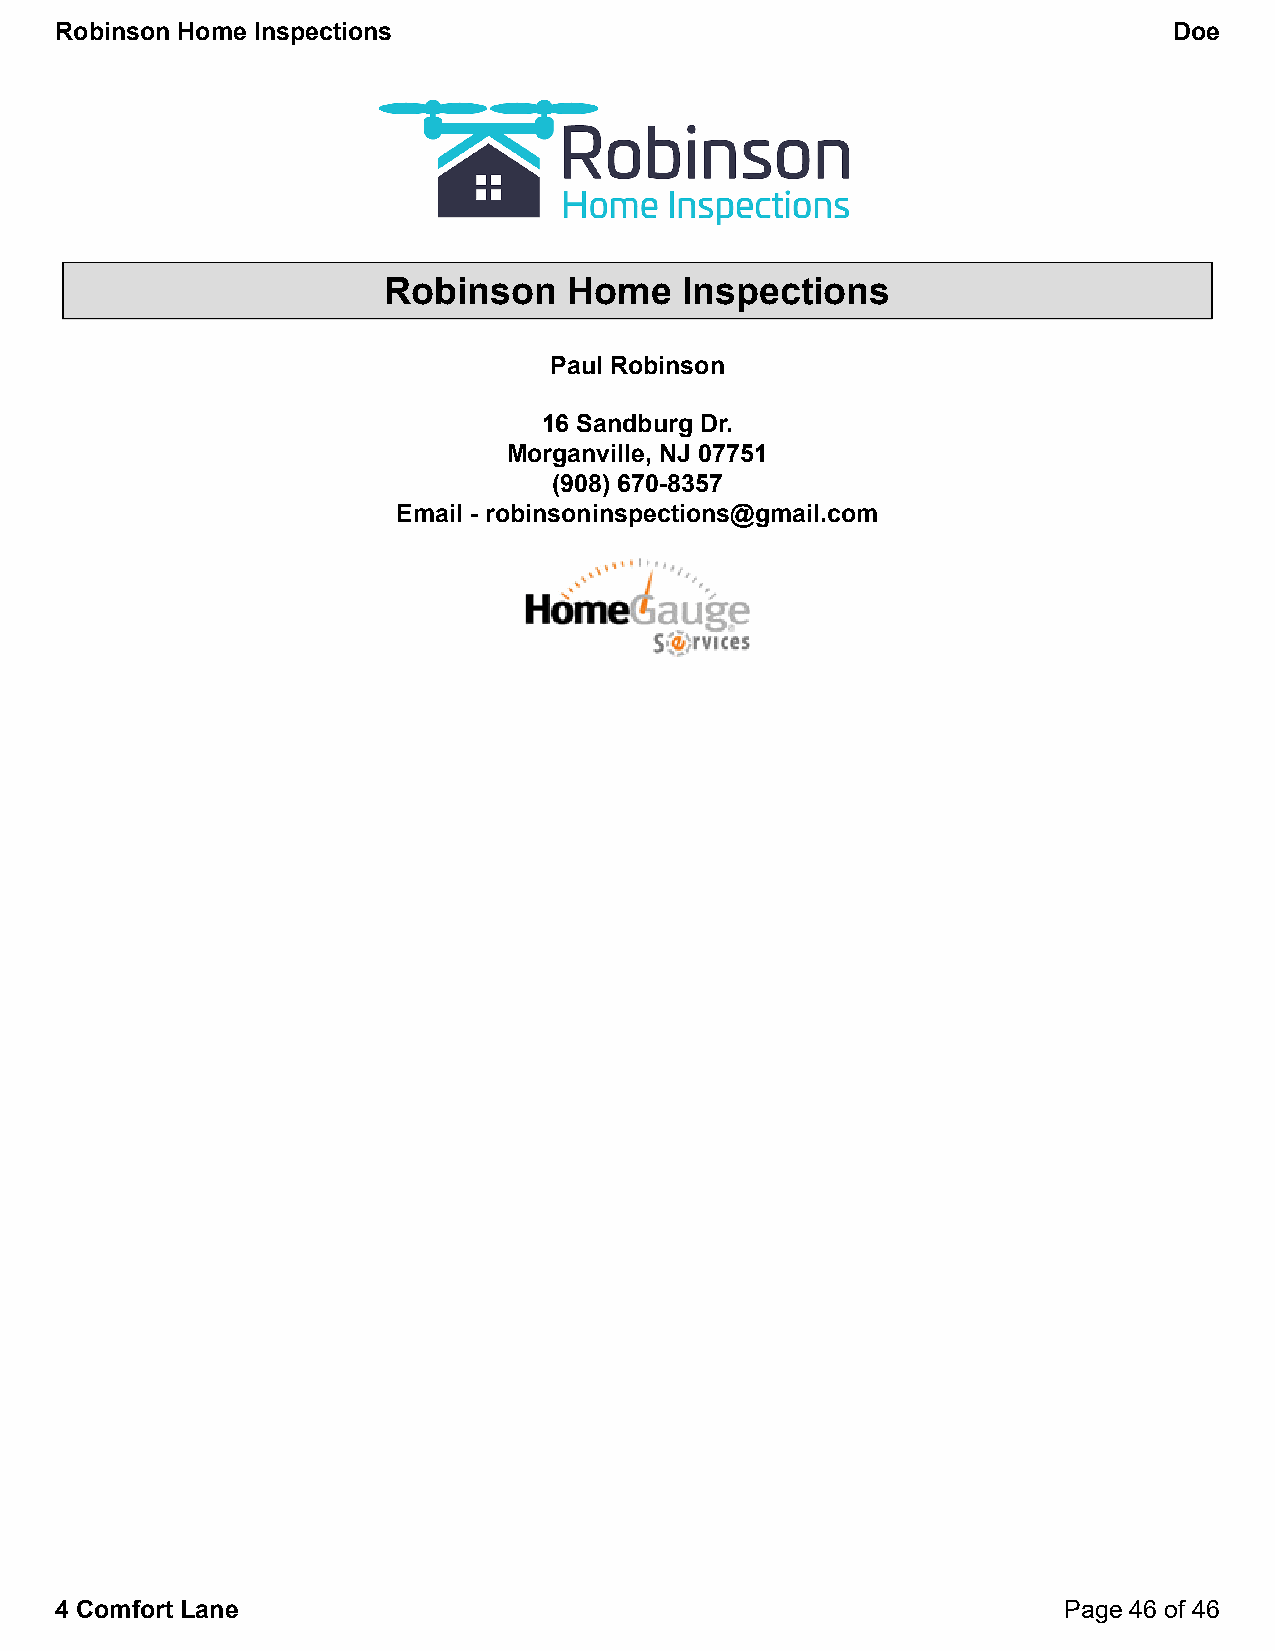
Robinson Home Inspections                                                 Doe
 Robinson     Home   Inspections
 Paul Robinson
 16 Sandburg Dr.
 Morganville, NJ 07751
 (908) 670-8357
 Email - robinsoninspections@gmail.com
 4 Comfort Lane                                                    Page 46 of 46